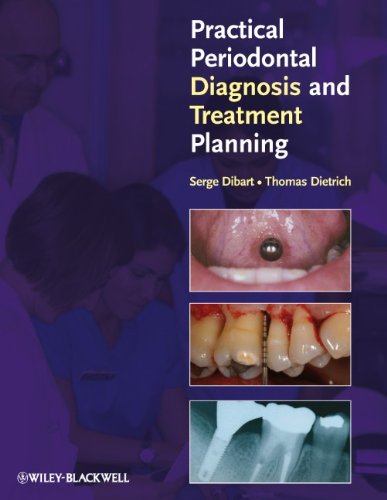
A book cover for Practical Periodontal Diagnosis and Treatment Planning; Serge Dibart; Medical Books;